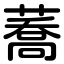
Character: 蕎